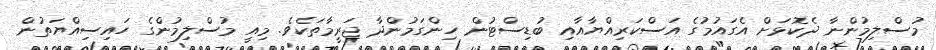
މުސްލިމުންނާ ދެކޮޅަށް އެގައުމުގެ އަސްކަރިއްޔާއާއި ބުޑިސްޓުން ހިންގަމުންދާ ޖަރީމާތަކެވެ. މިއީ މުސްލިމުންގެ ހައިސިއްޔަތުން